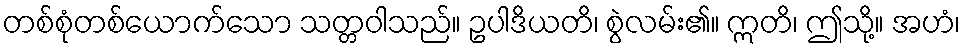
တစ်စုံတစ်ယောက်သော သတ္တဝါသည်။ ဥပါဒိယတိ၊ စွဲလမ်း၏။ ဣတိ၊ ဤသို့။ အဟံ၊